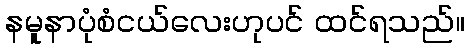
နမူနာပုံစံငယ်လေးဟုပင် ထင်ရသည်။